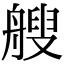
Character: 艘